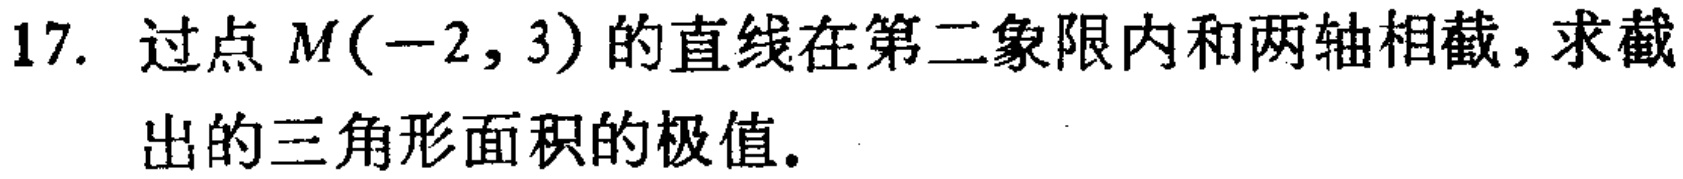
17. 过点 \(M(-2,3)\) 的直线在第二象限内和两轴相截，求截出的三角形面积的极值。